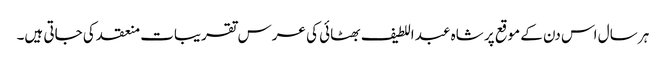
ہر سال اس دن کے موقع پر شاہ عبد اللطیف بھٹائی کی عرس تقریبات منعقد کی جاتی ہیں۔